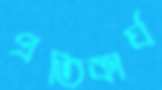
প্রতিকার্য